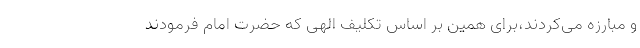
و مبارزه می‌کردند،برای همین بر اساس تکلیف الهی که حضرت امام فرمودند